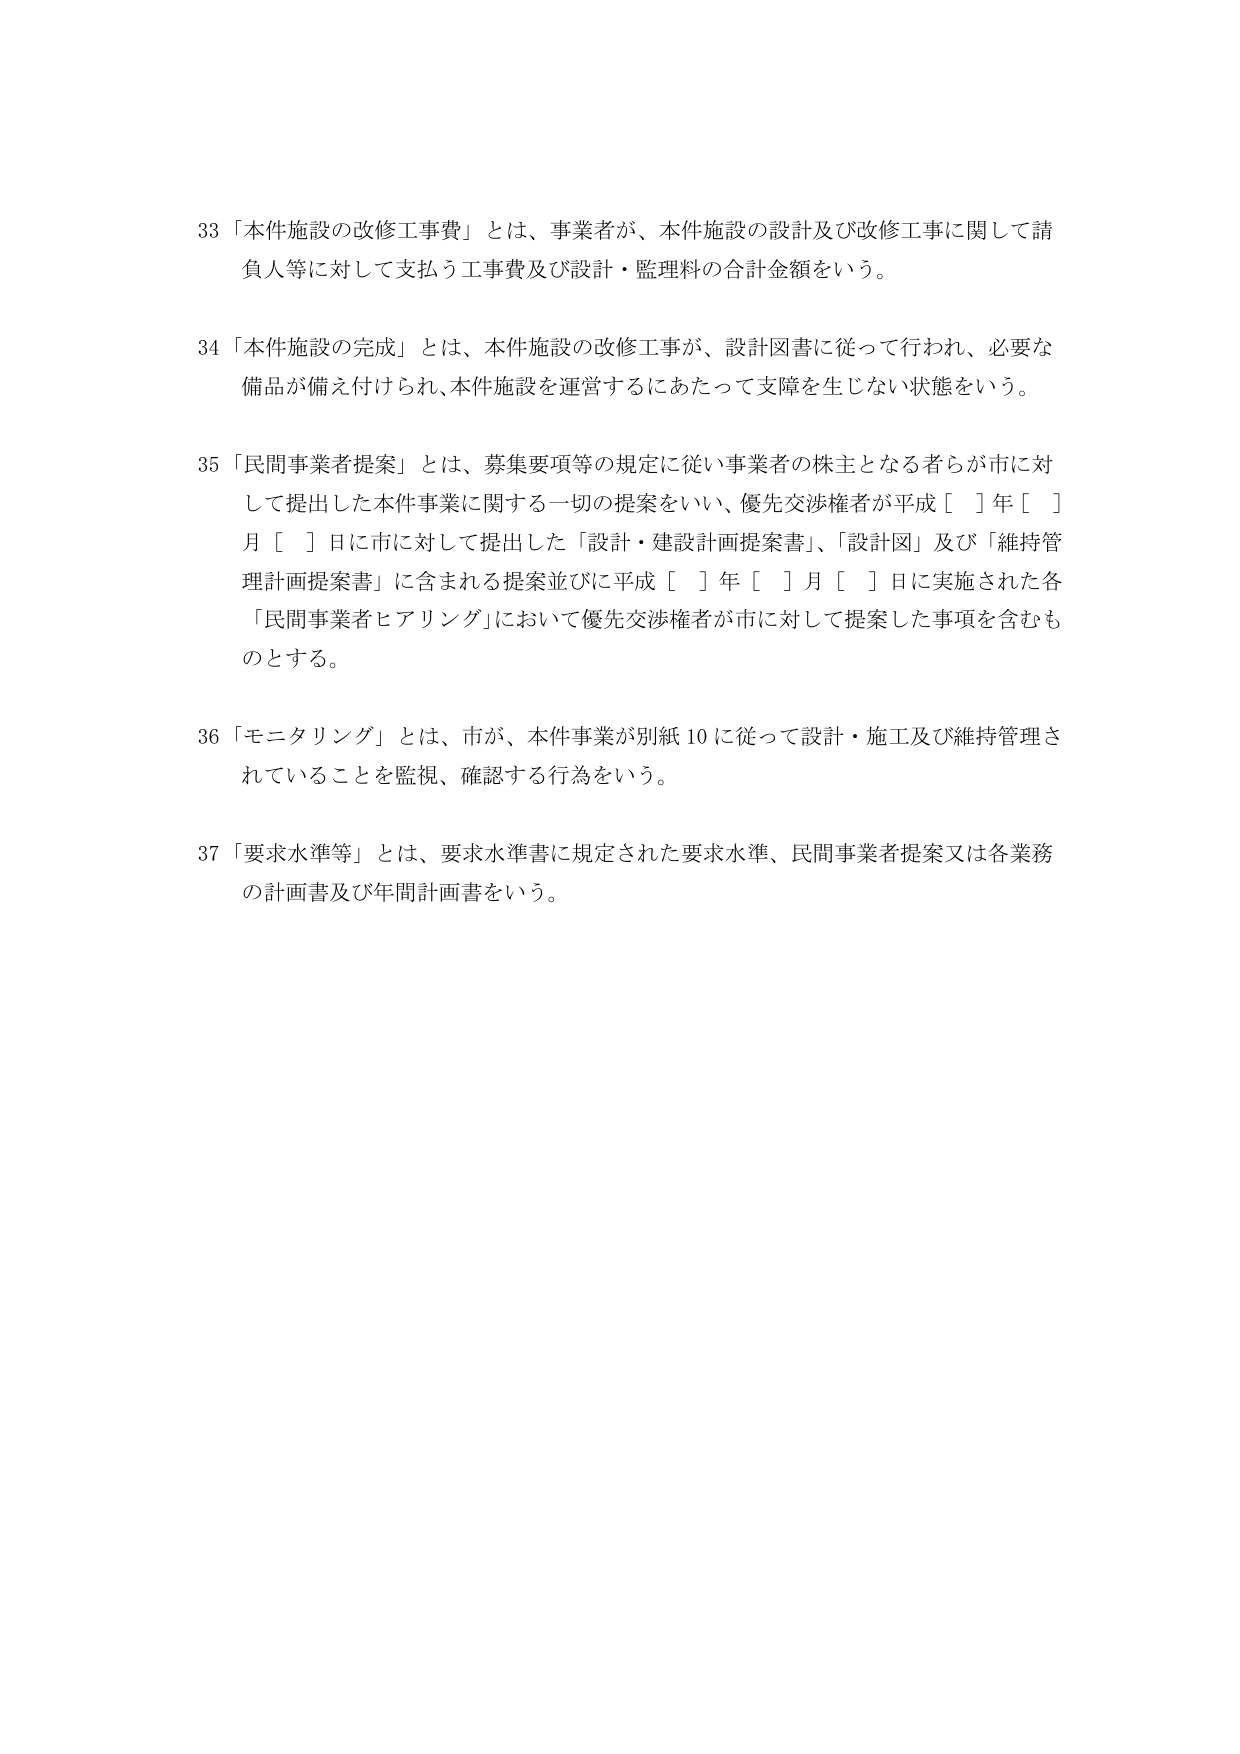
33 「本件施設の改修工事費」とは、事業者が、本件施設の設計及び改修工事に関して請負人等に対して支払う工事費及び設計・監理料の合計金額をいう。

34 「本件施設の完成」とは、本件施設の改修工事が、設計図書に従って行われ、必要な備品が備え付けられ、本件施設を運営するにあたって支障を生じない状態をいう。

35 「民間事業者提案」とは、募集要項等の規定に従い事業者の株主となる者らが市に対して提出した本件事業に関する一切の提案をいい、優先交渉権者が平成［ ］年［ ］月［ ］日に市に対して提出した「設計・建設計画提案書」、「設計図」及び「維持管理計画提案書」に含まれる提案並びに平成［ ］年［ ］月［ ］日に実施された各「民間事業者ヒアリング」において優先交渉権者が市に対して提案した事項を含むものとする。

36 「モニタリング」とは、市が、本件事業が別紙10に従って設計・施工及び維持管理されていることを監視、確認する行為をいう。

37 「要求水準等」とは、要求水準書に規定された要求水準、民間事業者提案又は各業務の計画書及び年間計画書をいう。